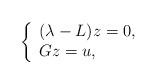
LaTeX: \begin{align*} \left\{ \begin{array}{ll} (\lambda-L)z=0, & \hbox{} \\ Gz=u, & \hbox{} \end{array} \right.\end{align*}